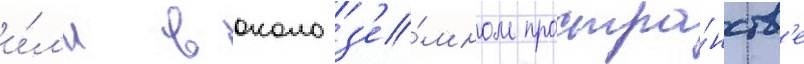
и́л'и в околоз'е́мном простра́нств'е